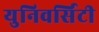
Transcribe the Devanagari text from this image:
युनिवर्सिटी